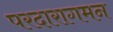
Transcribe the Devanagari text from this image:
परदारागमन